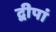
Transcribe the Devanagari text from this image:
द्वीपां